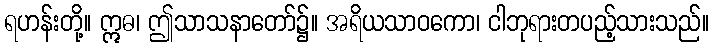
ရဟန်းတို့။ ဣဓ၊ ဤသာသနာတော်၌။ အရိယသာဝကော၊ ငါဘုရားတပည့်သားသည်။